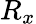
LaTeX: R_{x}